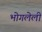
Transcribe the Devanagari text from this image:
भोगलेली